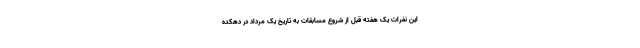
این نفرات یک هفته قبل از شروع مسابقات به تاریخ یک مرداد در دهکده